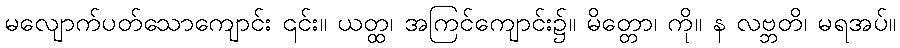
မလျောက်ပတ်သောကျောင်း ၎င်း။ ယတ္ထ၊ အကြင်ကျောင်း၌။ မိတ္တော၊ ကို။ န လဗ္ဘတိ၊ မရအပ်။